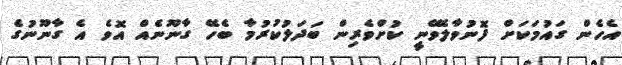
އެހެން ގައުމަކަށް ފޮނުވާލެވޭނީ ކުށްވެރިން ބަދަލުކުރުމާ ބެހޭ ގާނޫނެއް އޮވެ އެ ގާނޫނުގެ